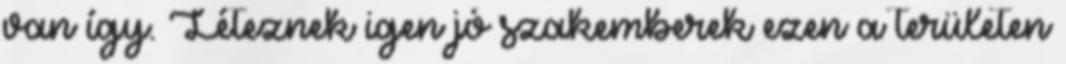
van így. Léteznek igen jó szakemberek ezen a területen